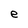
Character: e